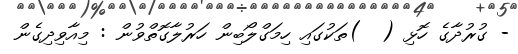
- ގުރުދާގެ ހޮޅި (  )ތަކުގައި ހިމަގްލޯބިން ހަރުލާގޮތްވުން : މިއާވިދިގެން